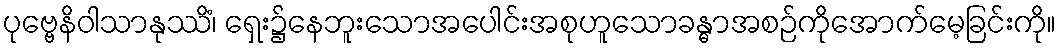
ပုဗ္ဗေနိဝါသာနုဿိံ၊ ရှေး၌နေဘူးသောအပေါင်းအစုဟူသောခန္ဓာအစဉ်ကိုအောက်မေ့ခြင်းကို။